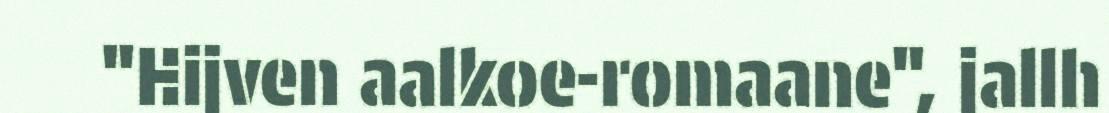
"Hijven aalkoe-romaane", jallh